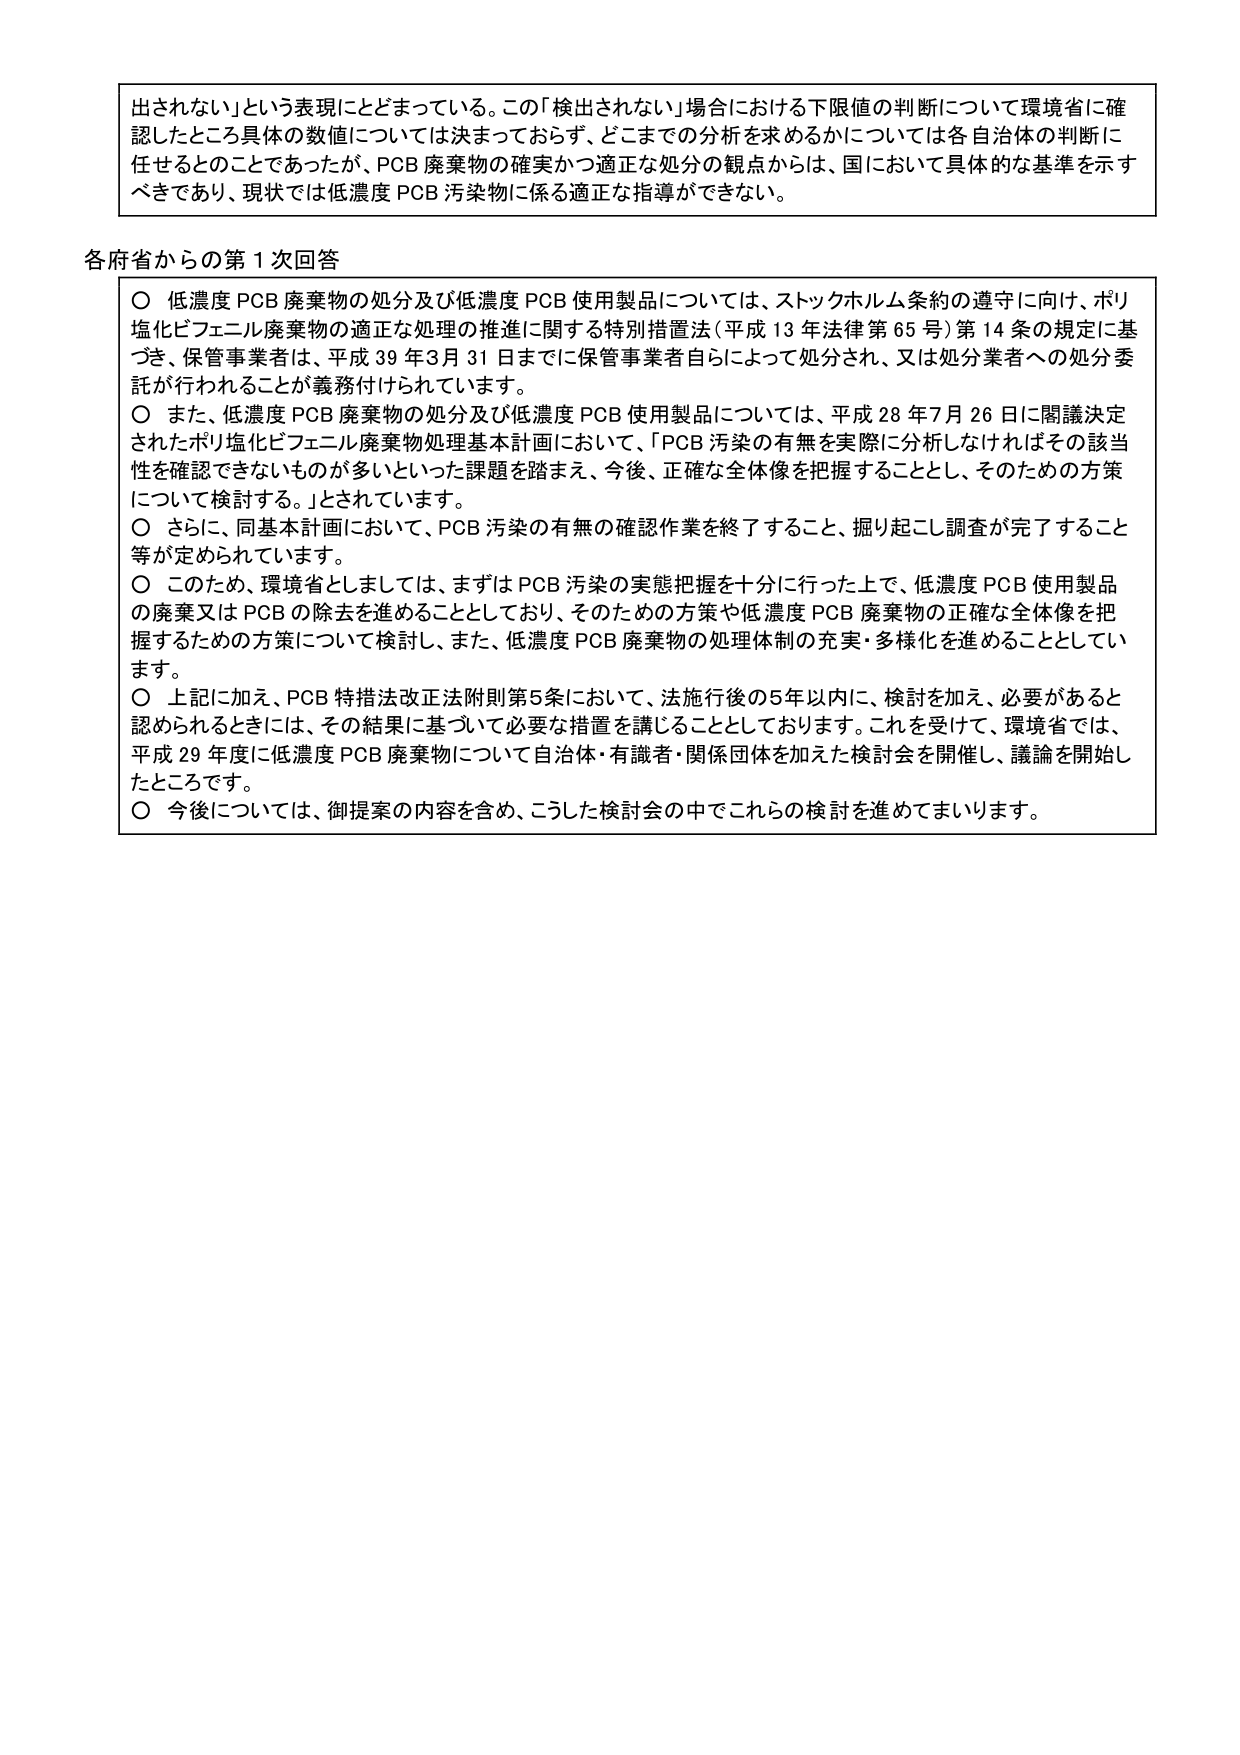
出されない」という表現にとどまっている。この「検出されない」場合における下限値の判断について環境省に確認したところ具体的数値については決まっておらず、どこまでの分析を求めるかについては各自治体の判断に任せるとのことであったが、PCB 廃棄物の確実かつ適正な処分の観点からは、国において具体的な基準を示すべきであり、現状では低濃度 PCB 汚染物に係る適正な指導ができない。

各府省からの第１次回答

○ 低濃度 PCB 廃棄物の処分及び低濃度 PCB 使用製品については、ストックホルム条約の遵守に向け、ポリ塩化ビフェニル廃棄物の適正な処理の推進に関する特別措置法（平成 13 年法律第 65 号）第 14 条の規定に基づき、保管事業者は、平成 39 年 3 月 31 日までに保管事業者自らによって処分され、又は処分業者への処分委託が行われることが義務付けられています。

○ また、低濃度 PCB 廃棄物の処分及び低濃度 PCB 使用製品については、平成 28 年 7 月 26 日に閣議決定されたポリ塩化ビフェニル廃棄物処理基本計画において、「PCB 汚染の有無を実際に分析しなければその該当性を確認できないものが多いといった課題を踏まえ、今後、正確な全体像を把握することとし、そのための方策について検討する。」とされています。

○ さらに、同基本計画において、PCB 汚染の有無の確認作業を終了すること、掘り起こし調査が完了すること等が定められています。

○ このため、環境省としましては、まずは PCB 汚染の実態把握を十分に行った上で、低濃度 PCB 使用製品の廃棄又は PCB の除去を進めることとしており、そのための方策や低濃度 PCB 廃棄物の正確な全体像を把握するための方策について検討し、また、低濃度 PCB 廃棄物の処理体制の充実・多様化を進めていくこととしています。

○ 上記に加え、PCB 特措法改正法附則第 5 条において、法施行後の 5 年以内に、検討を加え、必要があると認められるときには、その結果に基づいて必要な措置を講じることとしております。これを受けて、環境省では、平成 29 年度に低濃度 PCB 廃棄物について自治体・有識者・関係団体を加えた検討会を開催し、議論を開始したところです。

○ 今後については、御提案の内容を含め、こうした検討会の中でこれらの検討を進めてまいります。